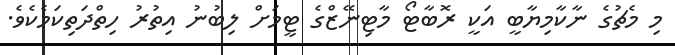
މި މެޗުގެ ނާކާމިޔާބީ އަކީ ރޮބާޓޯ މާޓިނޭޒްގެ ޓީމަށް ލިބުނު އިތުރު ހިތްދަތިކަމެކެވެ.